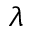
\lambda